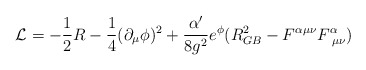
\begin{align*}{\cal L}=-\frac{1}{2}R - \frac{1}{4} (\partial _\mu \phi )^2+ \frac{\alpha '}{8g^2} e^{\phi }( R^2 _{GB}- F^{\alpha \mu \nu}F_{\,\,\mu \nu} ^{\alpha})\end{align*}